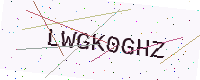
Text: LWGK0GHZ